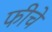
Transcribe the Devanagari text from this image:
फीचे